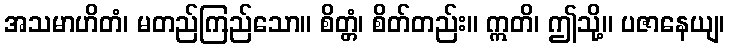
အသမာဟိတံ၊ မတည်ကြည်သော။ စိတ္တံ၊ စိတ်တည်း။ ဣတိ၊ ဤသို့။ ပဇာနေယျ၊